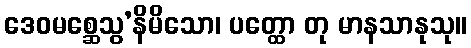
ဒေဝမစ္ဆေသွ’နိမိသော၊ ပတ္ထော တု မာနသာနုသု။